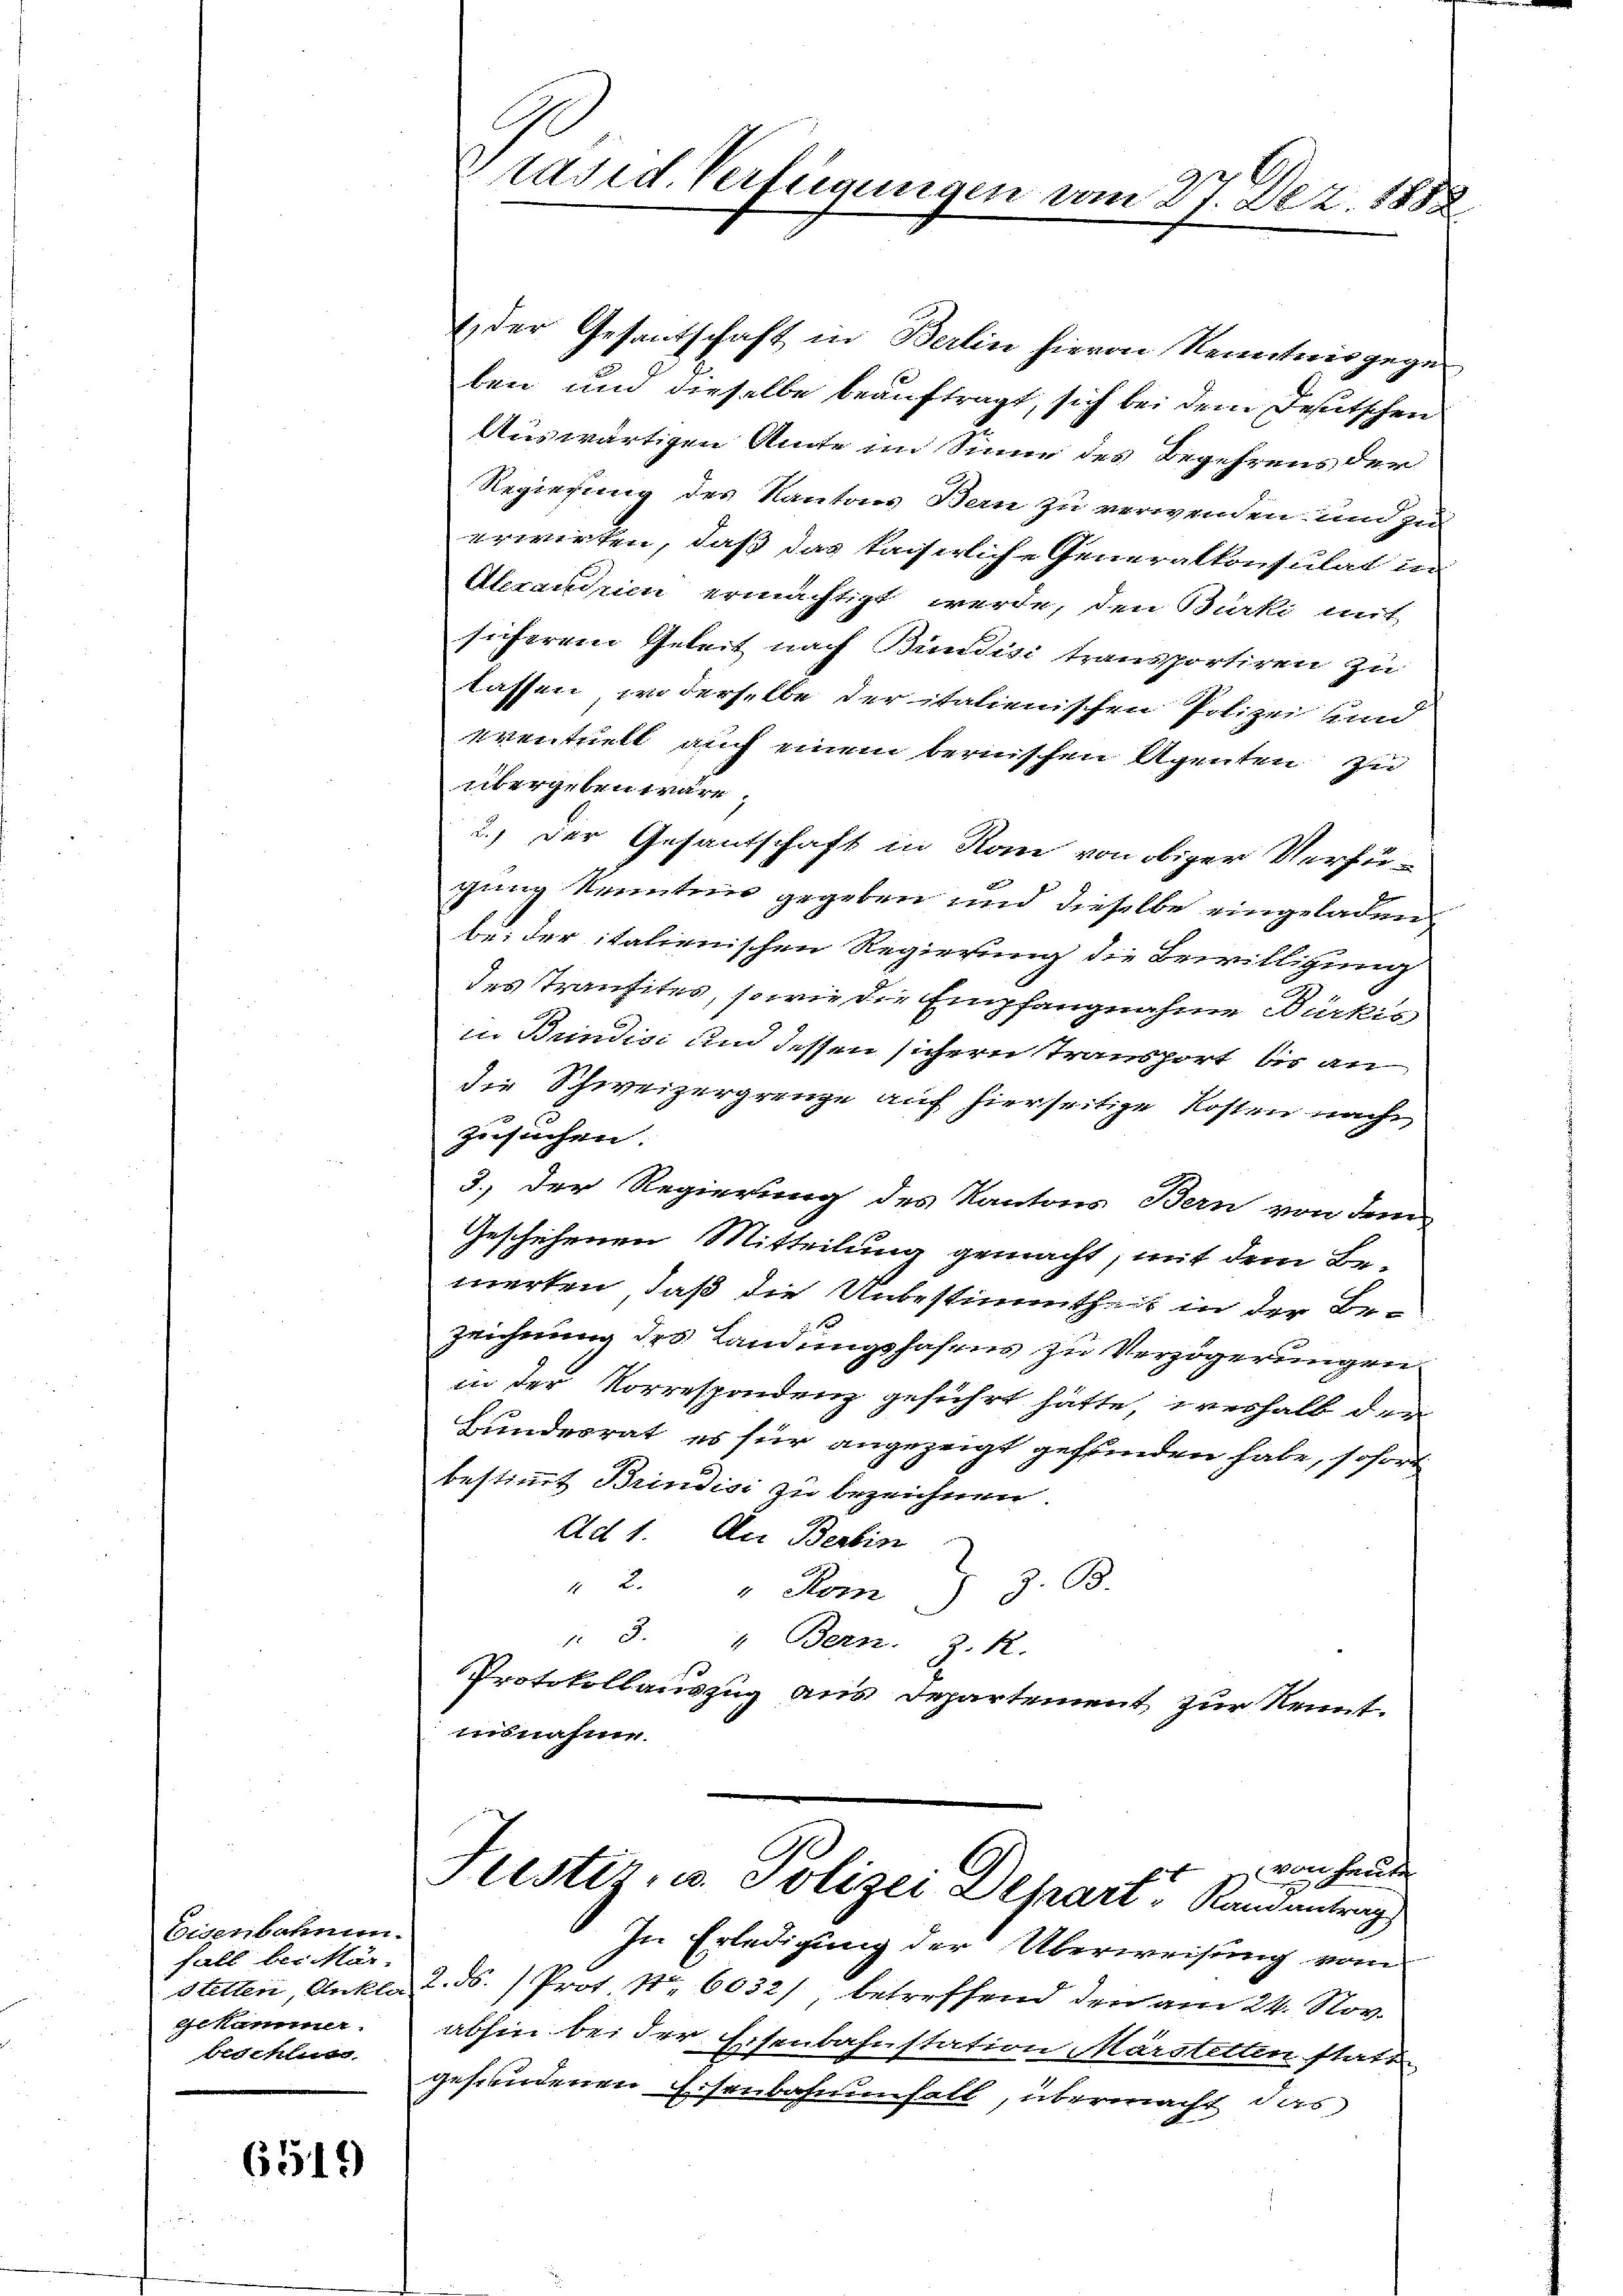
Eisenbahnen.
fall beikar
Stetten, Ankle
Gekammer.
beschluss.

6519)

vrasid. Verfügungen vom 27. Dez. 1888

6 der Gesantschaft in Berlin hievon Renntnis gege
ben und dieselbe beauftragt, sich bei dem Deutschen
Auswärtigen Amte im Sinne des Begehrens der
Regierung des Kantons Bern zu verwenden und zu
erwirken, daß das facherliche Generalkonsulat in
Alexandrien ermächtigt werde, den Bürki mit
sicherem Geleit nach Bundisi transportiren zu
lassen, wo derselbe der italienischen Polizei und
eventuell auch einem bernischen Agenten zu
übergeben wäre
2., der Gesantschaft in Rom von obiger Verfügung Kenntnis gegeben und dieselbe eingeladen
bei der italienischen Regierung die Bewilligung
des Transites, so wie die Empfangnahme Bürkis
in Bundisi und dessen sichern Transport bis an
die Schweizergrenze auf hierseitige Kosten nach,
zusuchen.
3.) Der Regierung des Kantons Bern von dem
Geschehenen Mitteilung gemacht, mit dem Be-
merken, daß die Unbestimmtheit in der Be-
zeichnung des Landungshafens zu Verzögerungen
in der Vorrespondenz geführt hätte, verhalb den
Bundesrat es für angezeigt gefunden habe, sofort
bestimmt Brindici zu bezeichnen.
Ad 1. Der Berbin
2.
Z. 68.
"Kom
d
13.
m
" Bern. J. R.
Protokollauszug aus Departement zur Kenntisnahme.

) von heute
Festiz, u. Polizei Depart. Kann antrag

In Erledigung der Überweisung vom
2. ds. Prot. Nr. 6032/ betreffend den am 24. Nov.
abhin bei der Eisenbahnstation Marstelten statt
gefundenen Eisenbahnfall, übermacht, das